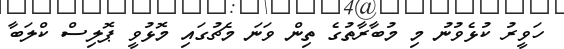
ހަވީރު ކުޅެވުނު މި މުބާރާތުގެ ތިން ވަނަ މެޗުގައި މޮޅުވީ ޕޮލިސް ކްލަބާ